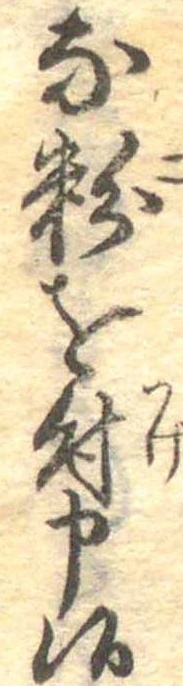
な粉を付申候